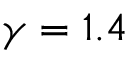
\gamma = 1 . 4